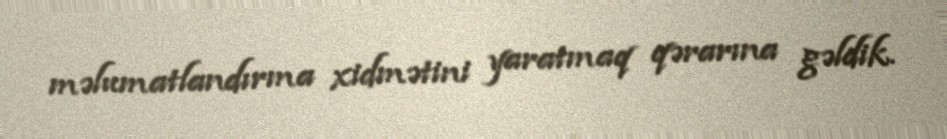
məlumatlandırma xidmətini yaratmaq qərarına gəldik.